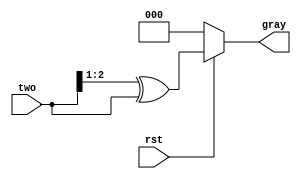
`timescale 1ns / 1ps
//////////////////////////////////////////////////////////////////////////////////
// Company: 
// Engineer: 
// 
// Design Name: 
// Module Name: Gray3_2
// Project Name: 
// Target Devices: 
// Tool Versions: 
// Description: 
// 
// Dependencies: 
// 
// Revision:
// Revision 0.01 - File Created
// Additional Comments:
// 
//////////////////////////////////////////////////////////////////////////////////


module Gray3_2(
    input rst,
    input [2:0]two,
    output reg [2:0]gray
    );
    reg [2:0]t;
    
    always @(*)
    begin
        if(!rst) //
          begin
              gray = 3'b000;
              t = 3'b000;
          end
        else
          begin
              t = two>>1;  //
              gray = t^two; //
          end
    end
endmodule